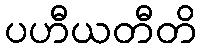
ပဟီယတီတိ